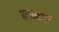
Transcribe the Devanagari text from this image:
माखजी